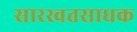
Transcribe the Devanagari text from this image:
सारस्वतसाधक